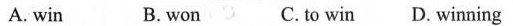
A. win B. won C.to win D. winning